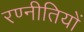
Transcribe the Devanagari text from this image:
रण्नीतियों